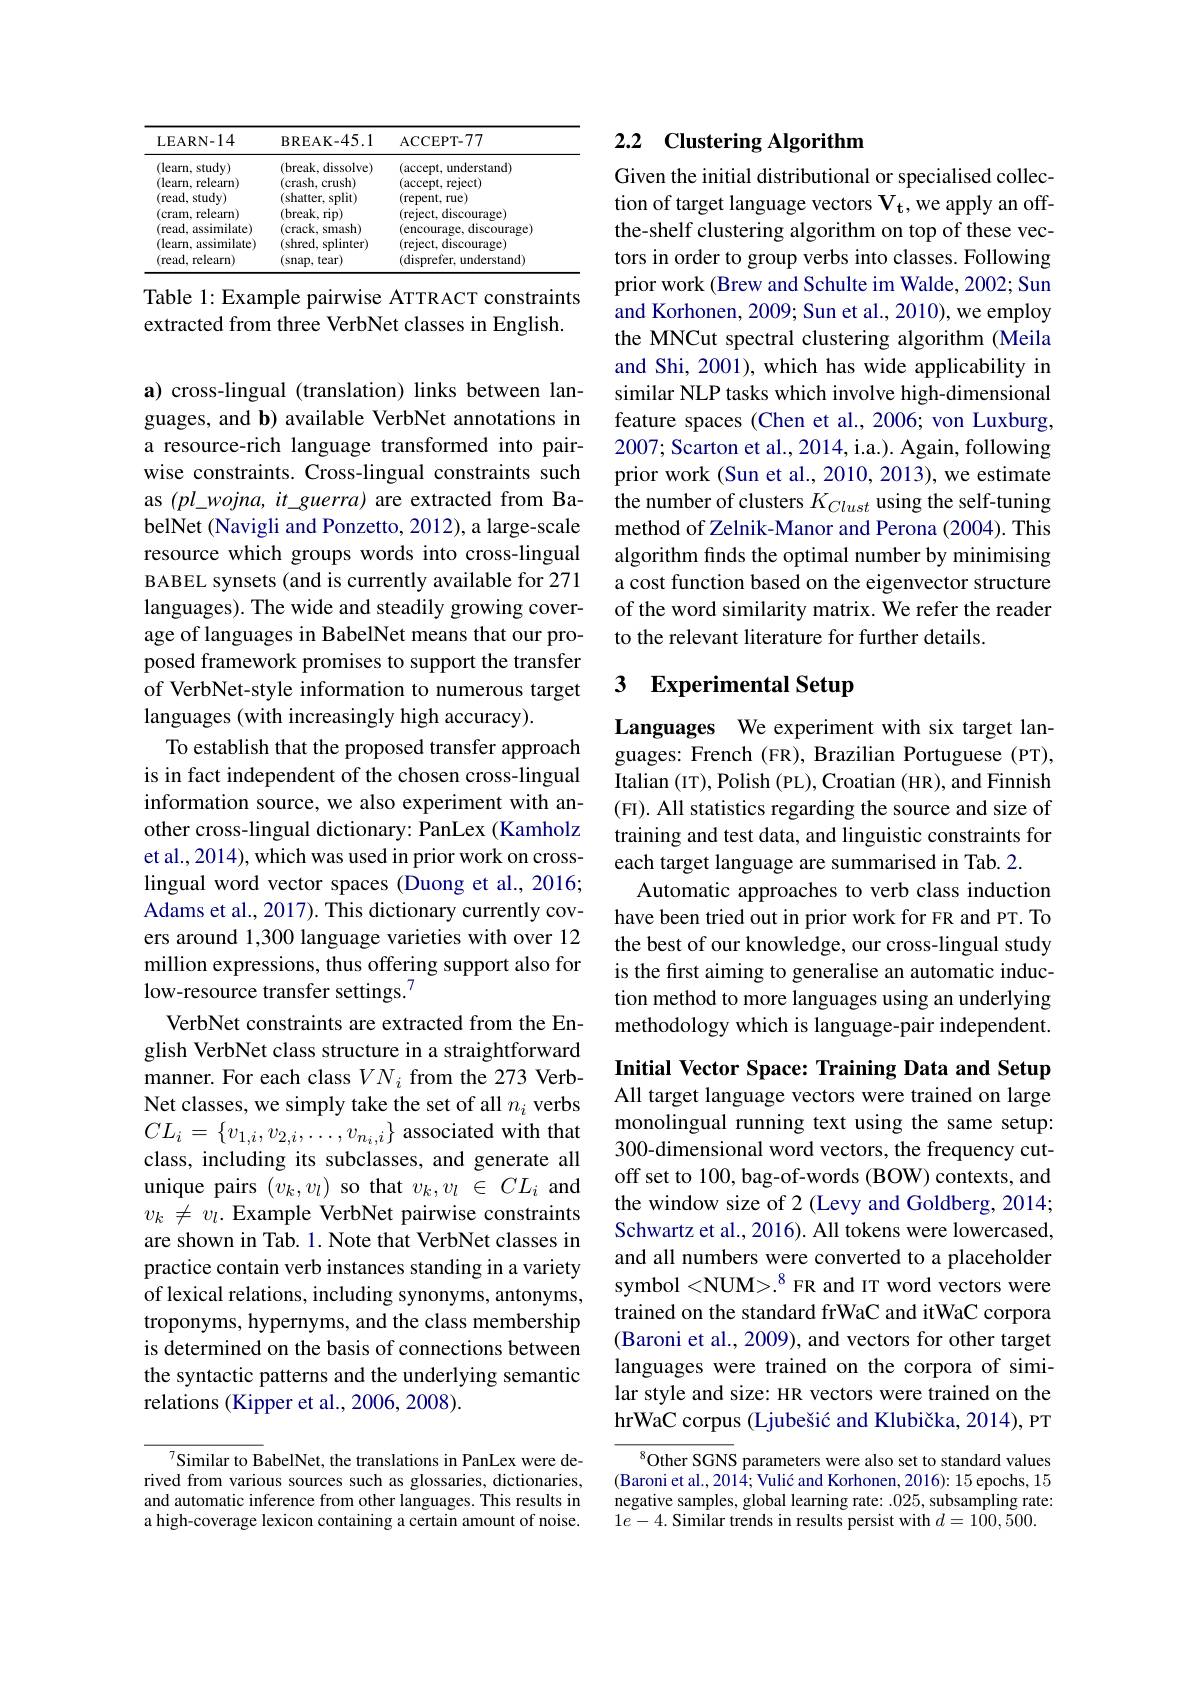
<table>
	<tbody>
		<tr>
			<th>LEARN- 14</th>
			<th>$BREAK-45.1$</th>
			<th>ACCEPT- 77</th>
		</tr>
		<tr>
			<td>(learn, study) (learn, relearn) (read, study) (cram, relearn) (read, $\varepsilon$ assimilate) (learn, assimilate) (read, relearn)</td>
			<td>(break, dissolve) (crash, crush) (shatter, split) (break, rip) (crack, s smash) (shred, splinter) (snap, tear)</td>
			<td>(accept, understand) (accept, reject) (repent, rue) (reject, discourage) (encourage, discourage) (reject, discourage) (disprefer. $understand)$</td>
		</tr>
	</tbody>
</table>

Table 1: Example pairwise ATTRACT constraints
extracted from three VerbNet classes in English.

a) cross-lingual (translation) links between languages, and b) available VerbNet annotations in a resource-rich language transformed into pairwise constraints. Cross-lingual constraints such as $(pl\_wojna,it\_guerra)$ are extracted from BabelNet (Navigli and Ponzetto, 2012), a large-scale resource which groups words into cross-lingual BABEL synsets (and is currently available for 271 languages). The wide and steadily growing coverage of languages in BabelNet means that our proposed framework promises to support the transfer of VerbNet-style information to numerous target languages (with increasingly high accuracy).
To establish that the proposed transfer approach is in fact independent of the chosen cross-lingual information source, we also experiment with another cross-lingual dictionary: PanLex (Kamholz et al., 2014), which was used in prior work on crosslingual word vector spaces (Duong et al., 2016; Adams et al., 2017). This dictionary currently covers around 1,300 language varieties with over 12 million expressions, thus offering support also for low-resource transfer settings.$^{7}$
VerbNet constraints are extracted from the English VerbNet class structure in a straightforward manner. For each class $VN_i$ from the 273 VerbNet classes, we simply take the set of all $n_i$ verbs $CL_{i}=\{v_{1,i},v_{2,i},\ldots,v_{n_{i},i}\}$ associated with that class, including its subclasses, and generate all unique pairs $(v_k,v_l)$ so that $v_k,v_l\in CL_i$ and $v_k\not=v_l.$ Example VerbNet pairwise constraints are shown in Tab. 1. Note that VerbNet classes in practice contain verb instances standing in a variety of lexical relations, including synonyms, antonyms, troponyms, hypernyms, and the class membership is determined on the basis of connections between the syntactic patterns and the underlying semantic relations (Kipper et al., 2006, 2008).

Similar to BabelNet, the translations in PanLex were derived from various sources such as glossaries, dictionaries, and automatic inference from other languages. This results in a high-coverage lexicon containing a certain amount of noise.

## 2.2 Clustering Algorithm

Given the initial distributional or specialised collection of target language vectors $\mathbf{V_t,weapplyanoff-}$ the-shelf clustering algorithm on top of these vectors in order to group verbs into classes. Following prior work (Brew and Schulte im Walde, 2002; Sun and Korhonen, 2009; Sun et al., 2010), we employ the MNCut spectral clustering algorithm (Meila and Shi, 2001), which has wide applicability in similar NLP tasks which involve high-dimensional feature spaces (Chen et al., 2006; von Luxburg, 2007; Scarton et al., 2014, i.a.). Again, following prior work (Sun et al., 2010, 2013), we estimate the number of clusters $K_{Clust}$ using the self-tuning method of Zelnik-Manor and Perona (2004). This algorithm finds the optimal number by minimising a cost function based on the eigenvector structure of the word similarity matrix. We refer the reader to the relevant literature for further details.

## 3 Experimental Setup

Languages We experiment with six target languages: French (FR), Brazilian Portuguese (PT), Italian (IT), Polish (PL), Croatian (HR), and Finnish (FI). All statistics regarding the source and size of training and test data, and linguistic constraints for each target language are summarised in Tab. 2.
Automatic approaches to verb class induction have been tried out in prior work for FR and PT. To the best of our knowledge, our cross-lingual study is the first aiming to generalise an automatic induction method to more languages using an underlying methodology which is language-pair independent.

Initial Vector Space: Training Data and Setup All target language vectors were trained on large monolingual running text using the same setup: 300-dimensional word vectors, the frequency cutoff set to 100, bag-of-words (BOW) contexts, and the window size of 2 (Levy and Goldberg, 2014; Schwartz et al., 2016). All tokens were lowercased, and all numbers were converted to a placeholder symbol <NUM>.$^{8}$ FR and IT word vectors were trained on the standard frWaC and itWaC corpora (Baroni et al., 2009), and vectors for other target languages were trained on the corpora of similar style and size: HR vectors were trained on the hrWaC corpus (Ljubešić and Klubička, 2014), PT

$^{8}$Other SGNS parameters were also set to standard values (Baroni et al., 2014; Vulić and Korhonen, 2016): 15 epochs, 15 negative samples, global learning rate: .025, subsampling rate: $1e-4.$ Similar trends in results persist with $d=100,500.$